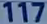
117